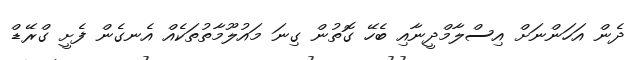
ދެން އަހަންނަށް އިސްލާމްދީނާއި ބެހޭ ގޮތުން ގިނަ މައުލޫމާތުތަކެއް އެނގެން ފެށީ ގްރޭޑް